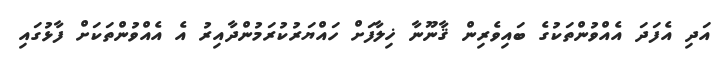
އަދި އެފަދަ އެއްވުންތަކުގެ ބައިވެރިން ޤާނޫނާ ޚިލާފަށް ހައްޔަރުކުރަމުންދާއިރު އެ އެއްވުންތަކަށް ފާޅުގައި